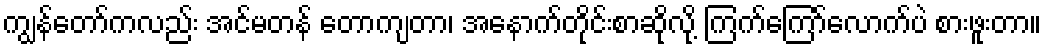
ကျွန်တော်ကလည်း အင်မတန် တောကျတာ၊ အနောက်တိုင်းစာဆိုလို့ ကြက်ကြော်လောက်ပဲ စားဖူးတာ။